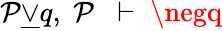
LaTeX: \mathcal{P}{\underline{{{\lor}}}}q,\; \mathcal{P}\; \; \vdash\; \negq